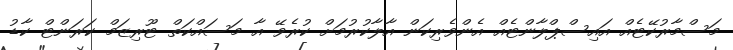
މަސްމާރުކޭޓެއް އައިސްޕްލާންޓެއް އެންވެރިކަން އާލާކުރުމަށް ކުރެވޭ އާ މަސައްކަތް ޓޫރިޒަމް ކަރަންޓް ކާޑު